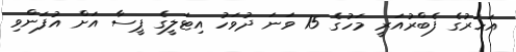
އަހަރުގެ ފެބްރުއަރީ މަހުގެ 15 ވަނަ ދުވަހު އިޓަލީގެ ޕީސާ އަށް އުފަންވި